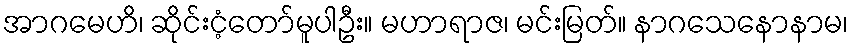
အာဂမေဟိ၊ ဆိုင်းငံ့တော်မူပါဦး။ မဟာရာဇ၊ မင်းမြတ်။ နာဂသေနောနာမ၊